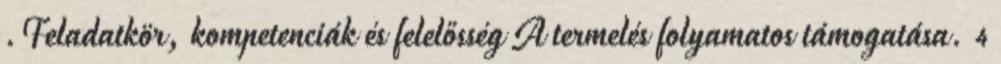
.Feladatkör, kompetenciák és felelősség A termelés folyamatos támogatása. 4